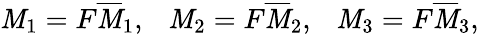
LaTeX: \mathit{M}_{1}=F\overline{{{{\mathit{M}}}}}_{1},\ \ \ \mathit{M}_{2}=F\overline{{{{\mathit{M}}}}}_{2},\ \ \ \mathit{M}_{3}=F\overline{{{{\mathit{M}}}}}_{3},